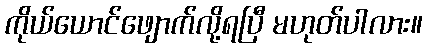
ကိုယ်ယောင်ဖျောက်လို့ရပြီ မဟုတ်ပါလား။